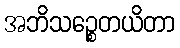
အဘိသဉ္စေတယိတာ